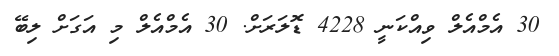
30 އެމްއެލް ވިއްކަނީ 4228 ޑޮލަަރަށް. 30 އެމްއެލް މި އަގަށް ލިބޭ